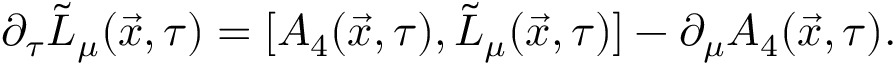
\partial _ { \tau } \tilde { L } _ { \mu } ( \vec { x } , \tau ) = [ A _ { 4 } ( \vec { x } , \tau ) , \tilde { L } _ { \mu } ( \vec { x } , \tau ) ] - \partial _ { \mu } A _ { 4 } ( \vec { x } , \tau ) .